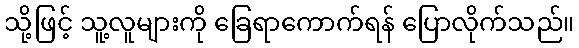
သို့ဖြင့် သူ့လူများကို ခြေရာကောက်ရန် ပြောလိုက်သည်။